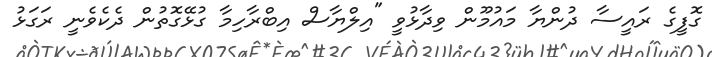
ގޮފީގެ ރައީސާ ދުންޔާ މައުމޫން ވިދާޅުވީ "އިލްޔާސް އިބްރާހިމާ ގުޅޭގޮތުން ދެކެވެނީ ރަގަޅު